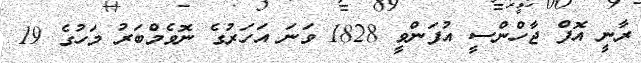
ރާނީ އޮފް ޖާހްންސީ އުފަންވީ 1828 ވަނަ އަހަރުގެ ނޮވެމްބަރު މަހުގެ 19